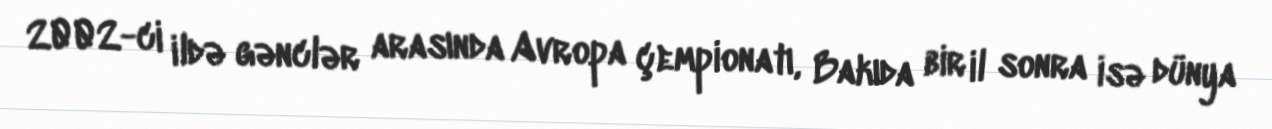
2002-ci ildə gənclər arasında Avropa çempionatı, Bakıda bir il sonra isə dünya